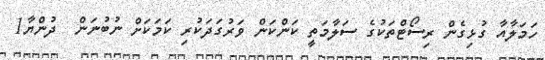
ހަމަލާއާ ގުޅިގެން ރިސޯޓްތަކުގެ ސަލާމަތީ ކަންކަން ވަރުގަދަކުރި ކަމަކަށް ނުބުނަން  ދުންޔާ1